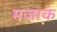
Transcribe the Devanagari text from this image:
मजा़क